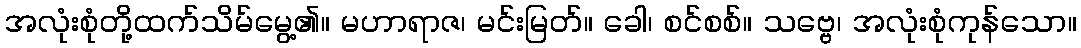
အလုံးစုံတို့ထက်သိမ်မွေ့၏။ မဟာရာဇ၊ မင်းမြတ်။ ခေါ၊ စင်စစ်။ သဗ္ဗေ၊ အလုံးစုံကုန်သော။